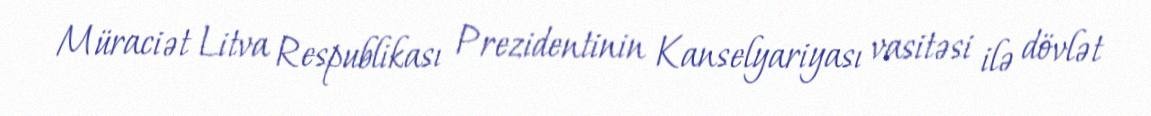
Müraciət Litva Respublikası Prezidentinin Kanselyariyası vasitəsi ilə dövlət